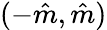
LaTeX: (-\hat{m},\hat{m})